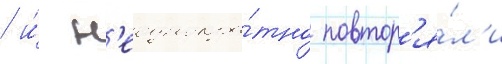
/ и́ н'еоднокра́тно повтор'я́л'и